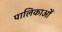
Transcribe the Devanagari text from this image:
पालिकाओँ